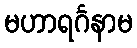
မဟာရင်္ဂနာမ